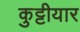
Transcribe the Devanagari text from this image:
कुट्टीयार